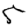
Digit: 5